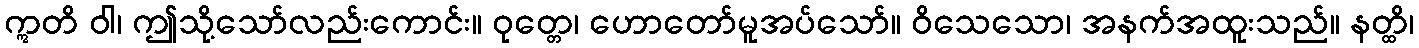
ဣတိ ဝါ၊ ဤသို့သော်လည်းကောင်း။ ဝုတ္တေ၊ ဟောတော်မူအပ်သော်။ ဝိသေသော၊ အနက်အထူးသည်။ နတ္ထိ၊